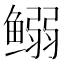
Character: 𱈍